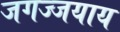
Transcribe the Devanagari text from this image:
जगज्जयाय